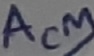
Text: ACM